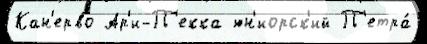
Кан'ерво Ар'и-П'екка юн'иорск'ий П'етра́